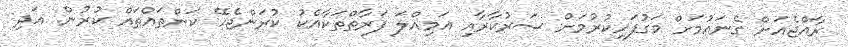
ރާއްޖެއަށް ގެނައުމަށް މަގުފަހިކުރުމަށް ސަރުކާރާއި އަމިއްލަ ފަރާތްތަކާއެކު ކުރަންޖެހޭ ކަންތައްތައް ކުރުން. އަދި